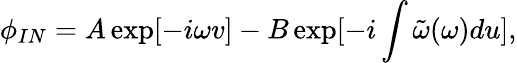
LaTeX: \phi_{IN}=A\exp[-i\omega v]-B\exp[-i\int\tilde{\omega}(\omega)du],